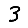
Digit: 3